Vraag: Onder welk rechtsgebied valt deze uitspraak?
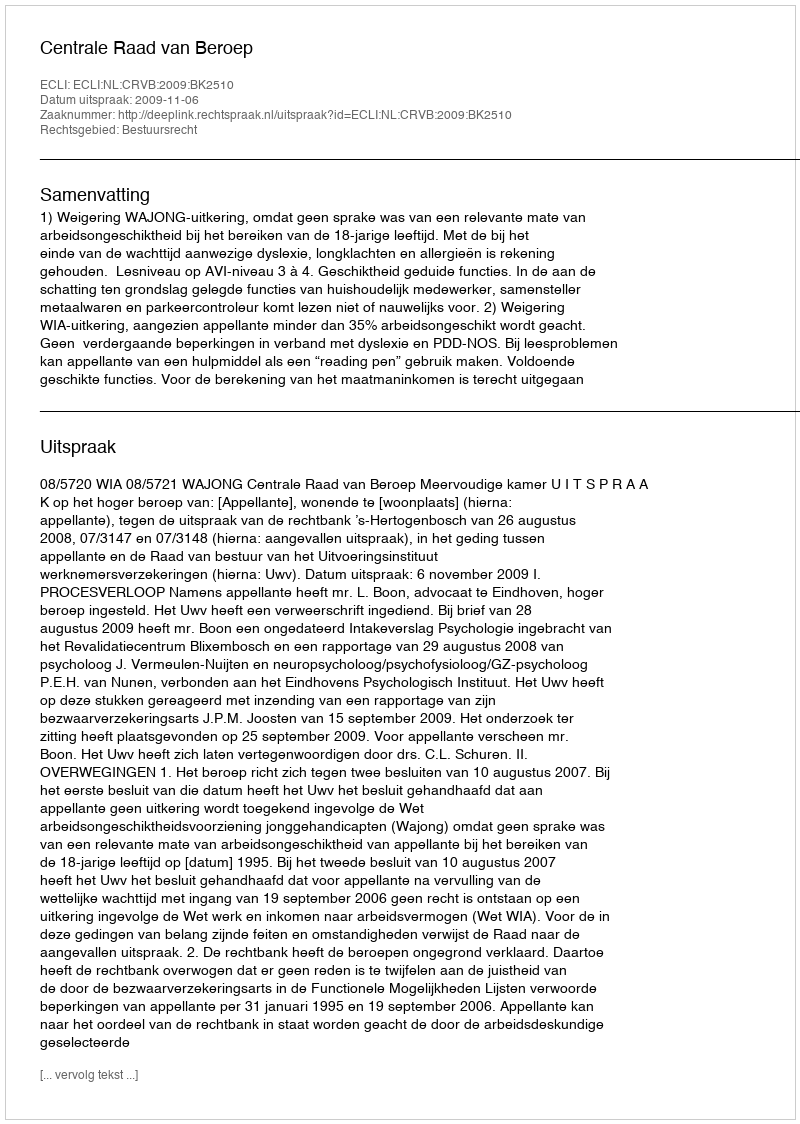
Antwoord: Bestuursrecht